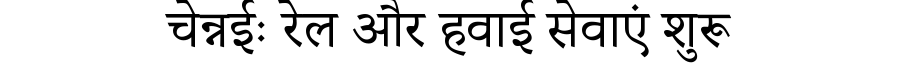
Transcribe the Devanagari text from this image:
चेन्नईः रेल और हवाई सेवाएं शुरू